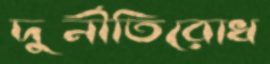
দুর্নীতিরোধ